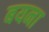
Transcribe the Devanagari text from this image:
बयना